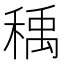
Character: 𰨰